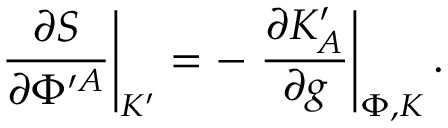
\left. { \frac { \partial S } { \partial \Phi ^ { \prime A } } } \right| _ { K ^ { \prime } } = - \left. { \frac { \partial K _ { A } ^ { \prime } } { \partial g } } \right| _ { \Phi , K } .